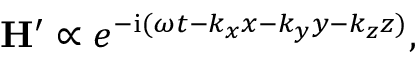
\mathbf { H } ^ { \prime } \propto e ^ { - \mathrm { i } ( \omega t - k _ { x } x - k _ { y } y - k _ { z } z ) } ,